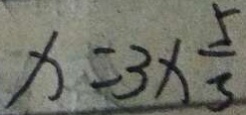
x = 3 \times \frac { 5 } { 3 }